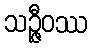
သဉ္ဇီဝဿ